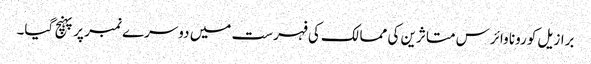
برازیل کورونا وائرس متاثرین کی ممالک کی فہرست میں دوسرے نمبر پر پہنچ گیا۔